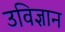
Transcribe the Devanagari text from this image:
उविज्ञान